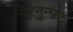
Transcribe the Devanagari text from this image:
वेरनुन्फ़्ट